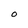
Character: O